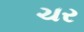
ચર